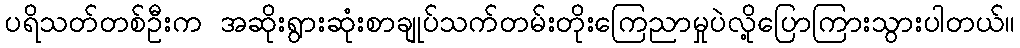
ပရိသတ်တစ်ဦးက အဆိုးရွားဆုံးစာချုပ်သက်တမ်းတိုးကြေညာမှုပဲလို့ပြောကြားသွားပါတယ်။